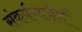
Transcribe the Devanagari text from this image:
संकर्षणतीर्थ